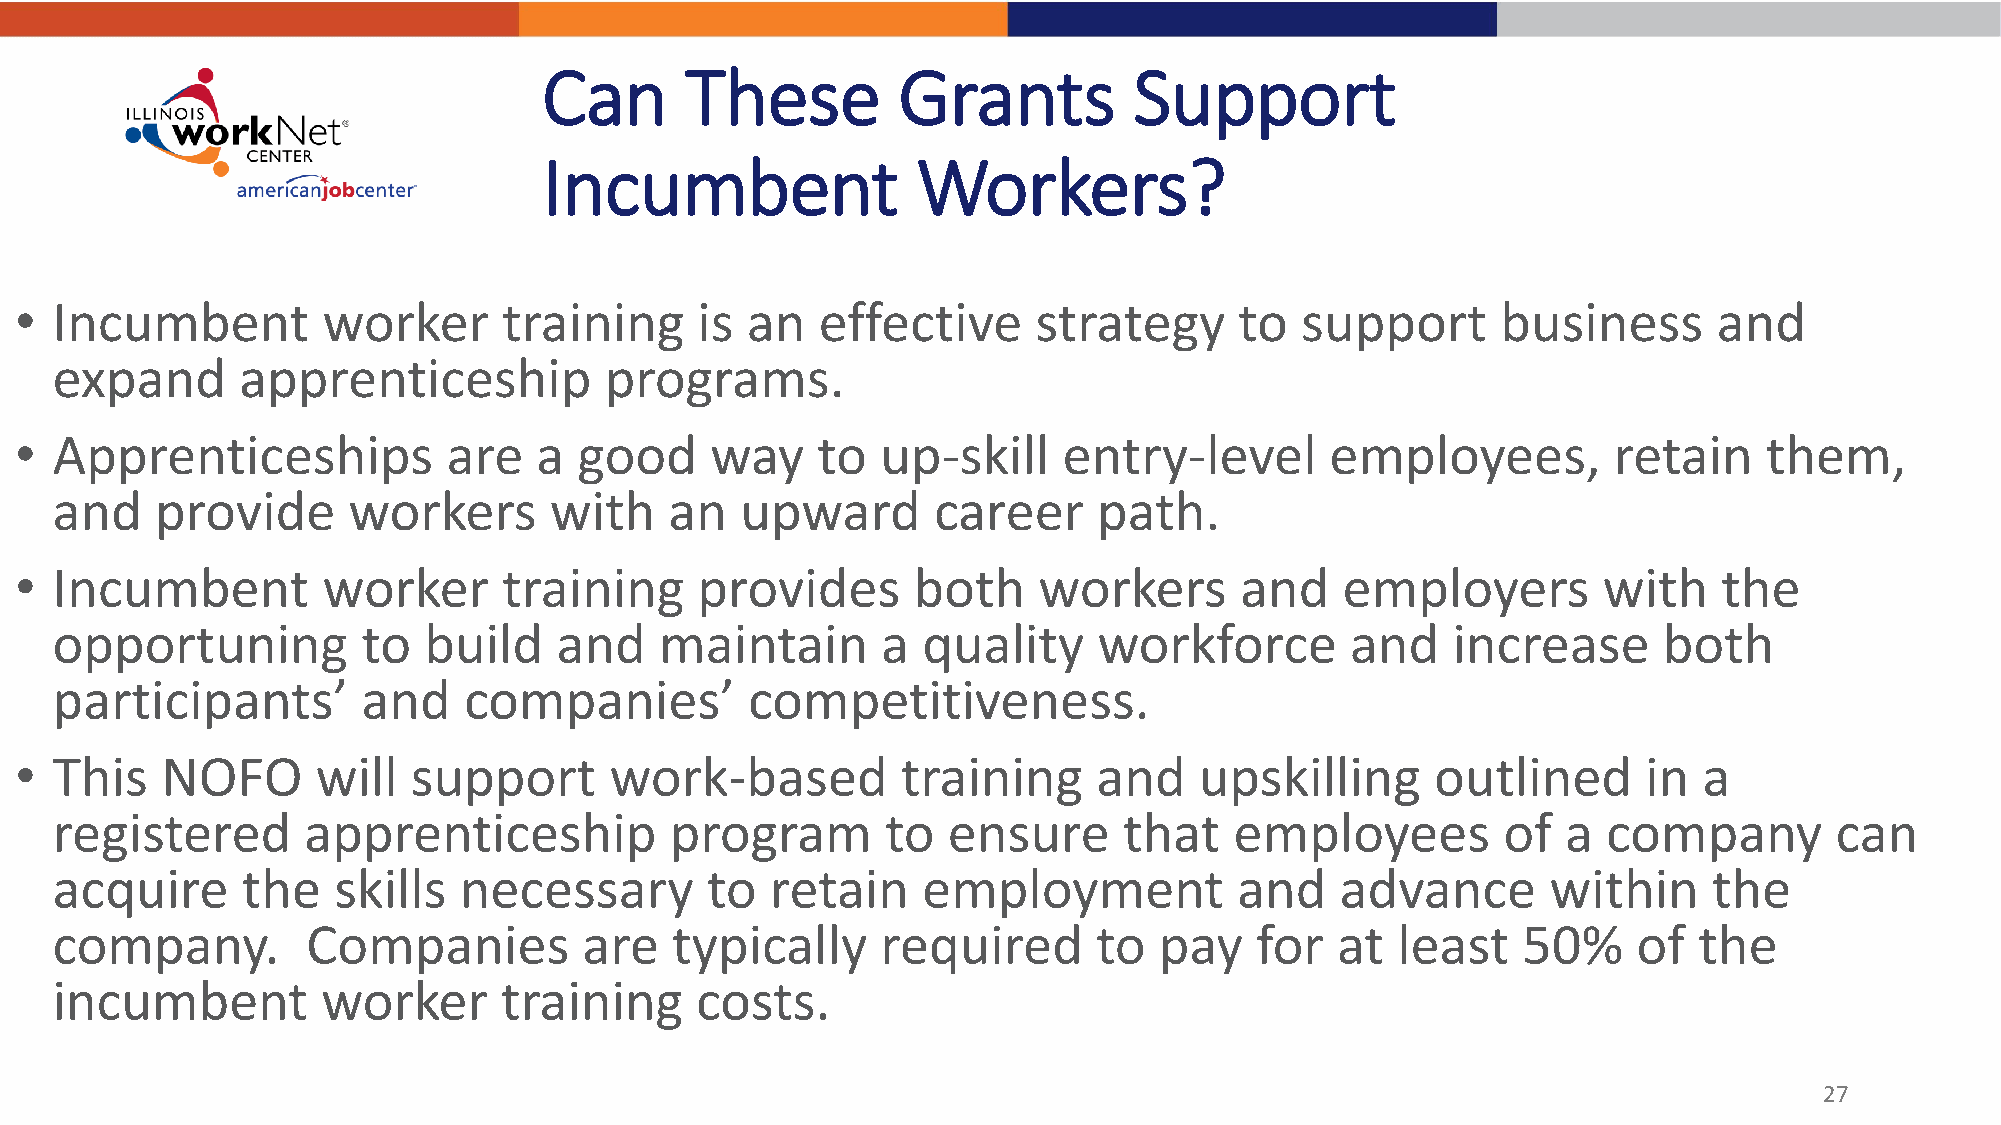
Can      These         Grants          Support
 Incumbent                Workers?
 • Incumbent         worker      training     is an   effective      strategy     to  support      business       and
 expand       apprenticeship          programs.
 • Apprenticeships            are  a  good     way    to  up-skill    entry-level       employees,         retain    them,
 and    provide      workers      with    an   upward       career     path.
 • Incumbent         worker      training     provides      both     workers      and    employers        with    the
 opportuning          to  build    and    maintain      a  quality     workforce       and    increase      both
 participants’        and    companies’         competitiveness.
 • This    NOFO      will  support      work-based          training     and   upskilling      outlined      in  a
 registered       apprenticeship          program        to  ensure     that    employees        of   a company        can
 acquire      the   skills  necessary        to  retain    employment           and    advance       within    the
 company.         Companies          are  typically     required       to  pay   for  at  least    50%    of  the
 incumbent         worker      training     costs.
 27